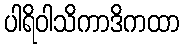
ပါရိဝါသိကာဒိကထာ